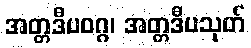
အတ္တဒီပဝဂ္ဂ၊ အတ္တဒီပသုတ်